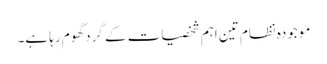
موجودہ نظام تین اہم شخصیات کے گرد گھوم رہا ہے۔